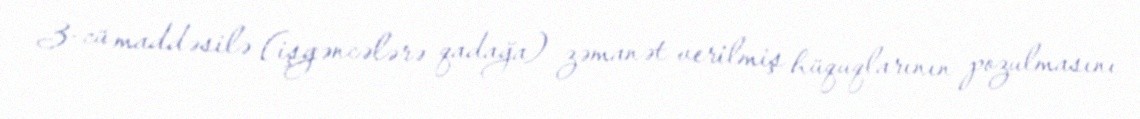
3-cü maddəsilə (işgəncələrə qadağa) zəmanət verilmiş hüquqlarının pozulmasını